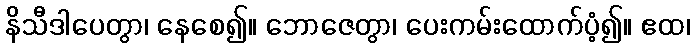
နိသီဒါပေတွာ၊ နေစေ၍။ ဘောဇေတွာ၊ ပေးကမ်းထောက်ပံ့၍။ ဧထ၊